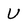
Character: U